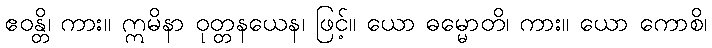
ဧဝန္တိ၊ ကား။ ဣမိနာ ဝုတ္တနယေန၊ ဖြင့်။ ယော ဓမ္မောတိ၊ ကား။ ယော ကောစိ၊